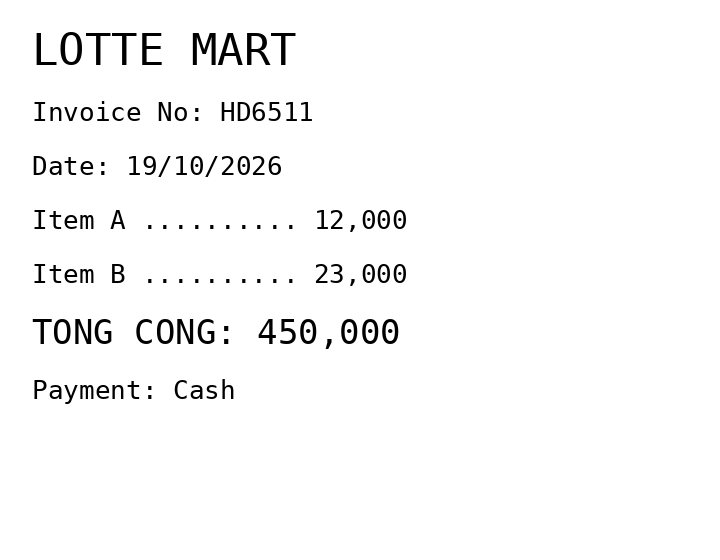
LOTTE MART
Invoice No: HD6511
Date: 19/10/2026
Item A .......... 12,000
Item B .......... 23,000
TONG CONG: 450,000
Payment: Cash
Merchant: lotte mart
Date: 2026-10-19
Total: 450000
Invoice No: HD6511
Payment method: CASH